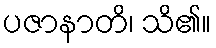
ပဇာနာတိ၊ သိ၏။